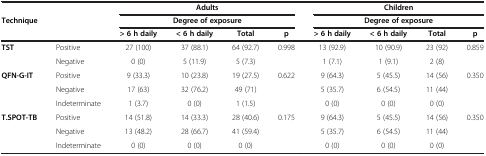
|  |  | <COLSPAN=4> Adults | <COLSPAN=4> Children |
 | <ROWSPAN=2-COLSPAN=2> Technique | <COLSPAN=4> Degree of exposure | <COLSPAN=4> Degree of exposure |
 | > 6 h daily | < 6 h daily | Total | p | > 6 h daily | < 6 h daily | Total | p |
 | --- | --- | --- | --- | --- | --- | --- | --- | --- | --- |
 | <ROWSPAN=2> TST | Positive | 27 (100) | 37 (88.1) | 64 (92.7) | 0.998 | 13 (92.9) | 10 (90.9) | 23 (92) | <ROWSPAN=2> 0.859 |
 | Negative | 0 (0) | 5 (11.9) | 5 (7.3) |  | 1 (7.1) | 1 (9.1) | 2 (8) |
 | <ROWSPAN=3> QFN-G-IT | Positive | 9 (33.3) | 10 (23.8) | 19 (27.5) | 0.622 | 9 (64.3) | 5 (45.5) | 14 (56) | <ROWSPAN=3> 0.350 |
 | Negative | 17 (63) | 32 (76.2) | 49 (71) |  | 5 (35.7) | 6 (54.5) | 11 (44) |
 | Indeterminate | 1 (3.7) | 0 (0) | 1 (1.5) |  | 0 (0) | 0 (0) | 0 (0) |
 | <ROWSPAN=3> T.SPOT-TB | Positive | 14 (51.8) | 14 (33.3) | 28 (40.6) | 0.175 | 9 (64.3) | 5 (45.5) | 14 (56) | <ROWSPAN=3> 0.350 |
 | Negative | 13 (48.2) | 28 (66.7) | 41 (59.4) |  | 5 (35.7) | 6 (54.5) | 11 (44) |
 | Indeterminate | 0 (0) | 0 (0) | 0 (0) |  | 0 (0) | 0 (0) | 0 (0) |